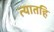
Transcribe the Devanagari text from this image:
त्यातहि